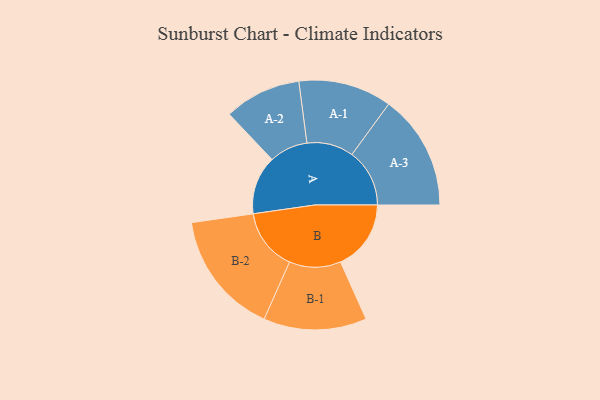
{"axis": {"x": "Segment", "y": "Value"}, "legend": ["", "A", "B"], "data": [{"x": "A", "y": 192, "type": ""}, {"x": "B", "y": 231, "type": ""}, {"x": "A-1", "y": 153, "type": "A"}, {"x": "A-2", "y": 126, "type": "A"}, {"x": "A-3", "y": 189, "type": "A"}, {"x": "B-1", "y": 169, "type": "B"}, {"x": "B-2", "y": 203, "type": "B"}]}